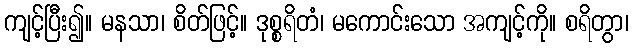
ကျင့်ပြီး၍။ မနသာ၊ စိတ်ဖြင့်။ ဒုစ္စရိတံ၊ မကောင်းသော အကျင့်ကို။ စရိတွာ၊